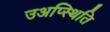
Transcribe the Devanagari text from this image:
उअप्स्थिति